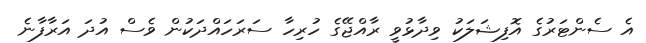
އެ ސެންޓަރުގެ އޮފިޝަލަކު ވިދާޅުވީ ރާއްޖޭގެ ހުރިހާ ސަރަހައްދަކުން ވެސް އުދަ އަރާފާނެ